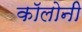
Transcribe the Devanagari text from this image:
काॅलोनी